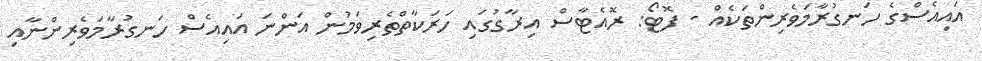
އައިއެސްގެ ހަނގުރާމަވެރިންތަކެއް - ފޮޓޯ: ރޮއެޓާސް އިރާގުގައި ހަރަކާތްތެރިވަމުން އަންނަ އައިއެސް ހަނގުރާމަވެރިންނާއި